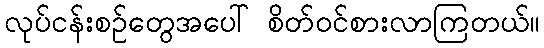
လုပ်ငန်းစဉ်တွေအပေါ် စိတ်ဝင်စားလာကြတယ်။